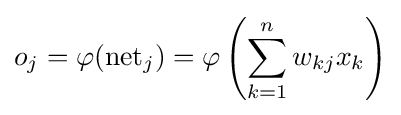
o_{j}=\varphi ({\text{net}}_{j})=\varphi \left(\sum _{k=1}^{n}w_{kj}x_{k}\right)